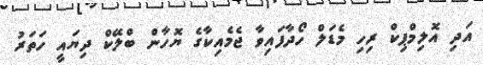
އަދި އޮލިމްޕިކް ރިހި މެޑަލް ހޯދާފައިވާ ޖެމެއިކާގެ ޔޮހާން ބްލޭކް ދިޔައީ ހަތަރު